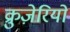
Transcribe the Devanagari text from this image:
क्रुज़ेरियो